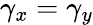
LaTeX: \gamma_{x}=\gamma_{y}